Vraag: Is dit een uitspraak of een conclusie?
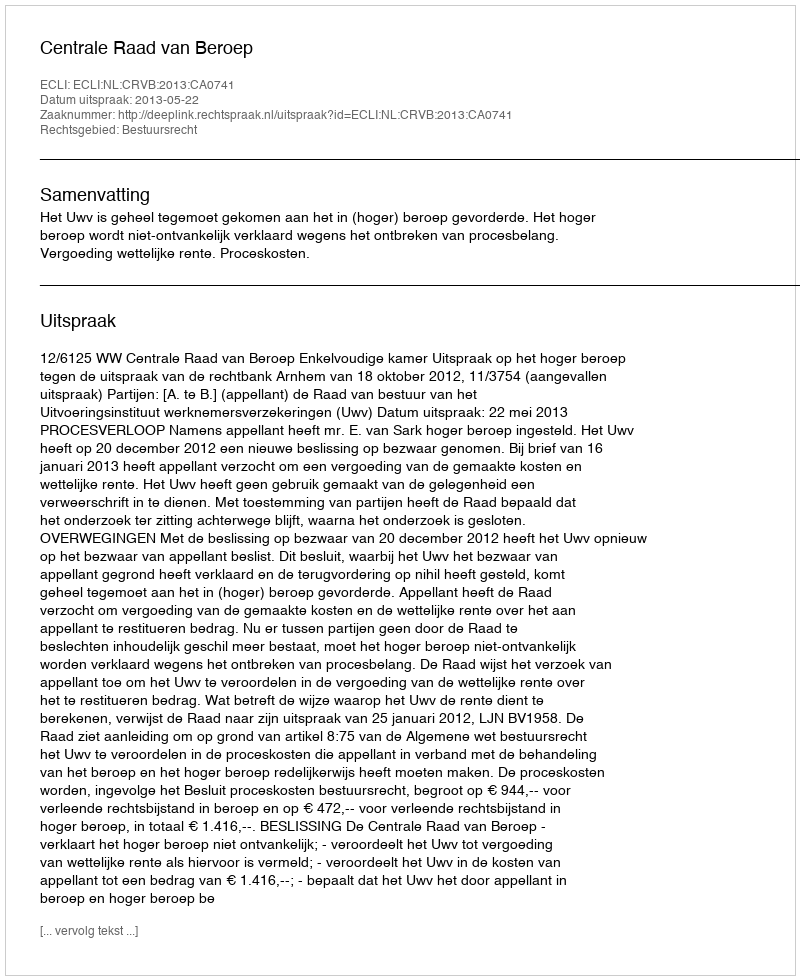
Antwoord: Uitspraak